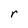
Character: r